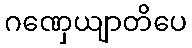
ဂဏှေယျာတိပေ